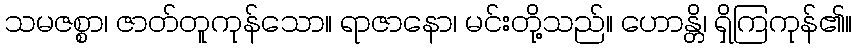
သမဇစ္စာ၊ ဇာတ်တူကုန်သော။ ရာဇာနော၊ မင်းတို့သည်။ ဟောန္တိ၊ ရှိကြကုန်၏။